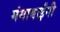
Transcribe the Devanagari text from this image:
गंगाबाईंनी